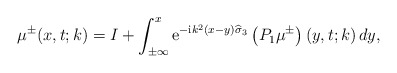
\begin{align*}\mu^{\pm}(x,t;k)=I+\int_{\pm\infty}^{x} \mathrm{e}^{-\mathrm{i} k^2\left(x-y \right) \widehat{ \sigma}_3}\left(P_1 \mu^{\pm}\right)\left(y,t;k\right) dy, \end{align*}